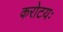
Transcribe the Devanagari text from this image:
करोटयः